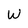
Character: W